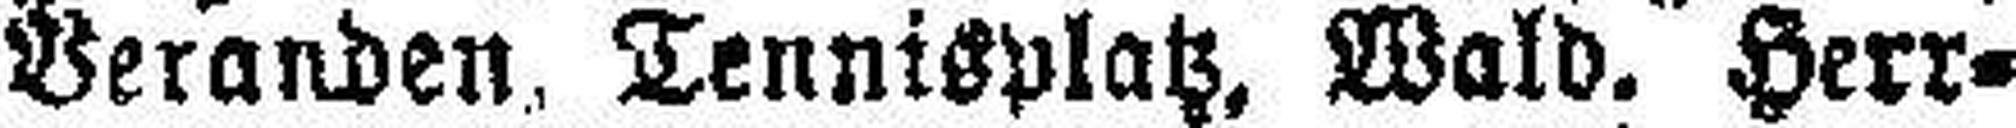
Veranden. Tennisplatz, Wald. Herr¬